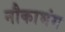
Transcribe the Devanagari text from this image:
नौकाभंग